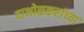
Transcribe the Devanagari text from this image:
दाभोळकरांच्या